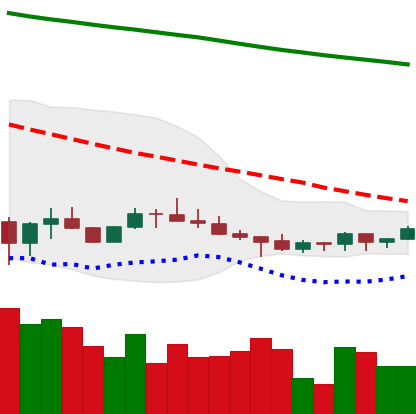
Ticker: ADA-USD
Chart end date: 2022-07-07
Forward return: -12.533%
Label: down_7plus